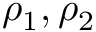
\rho _ { 1 } , \rho _ { 2 }